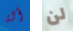
ألة لن